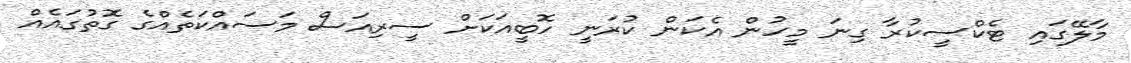
މާލޭގައި ޓެކްސީކުރާ ގިނަ މީހުން އެކަން ކުރަނީ ހޮބީއަކަށް ސީރިއަސް މަސައްކަތެއްގެ ގޮތުގައެއް